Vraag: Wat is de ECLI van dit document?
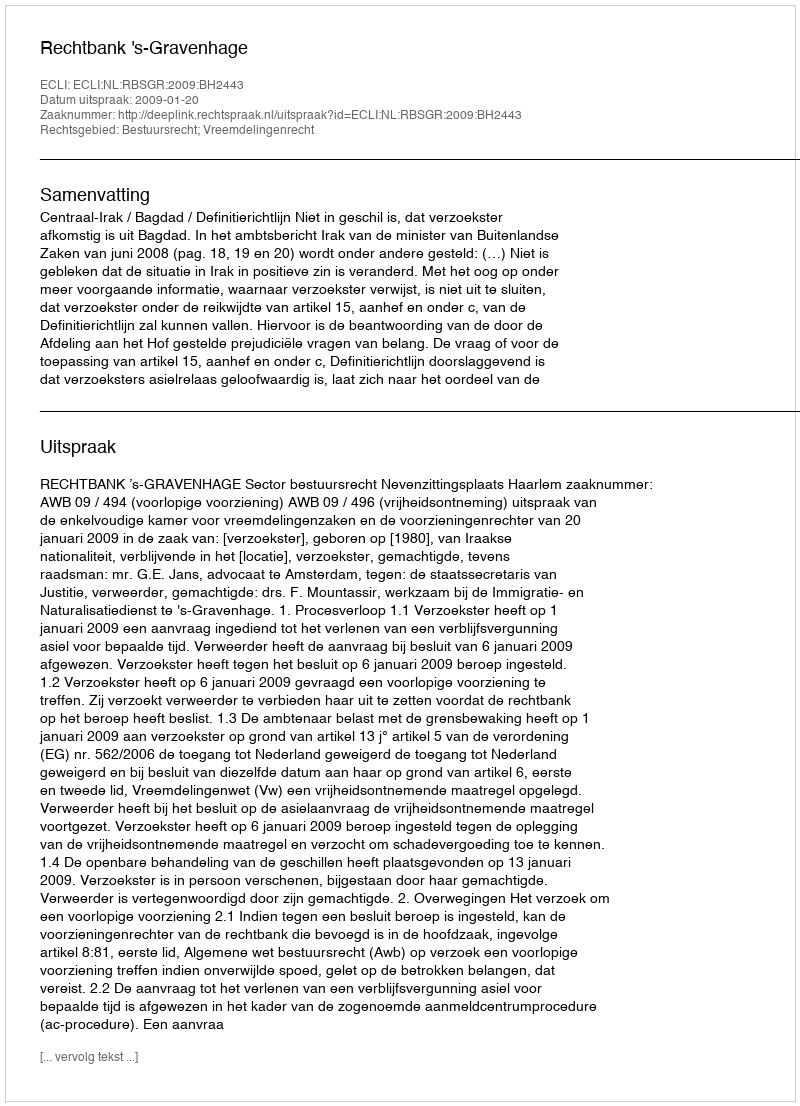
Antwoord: ECLI:NL:RBSGR:2009:BH2443